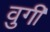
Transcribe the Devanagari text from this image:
वुगी